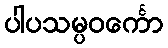
ပါပသမ္ပဝင်္ကော